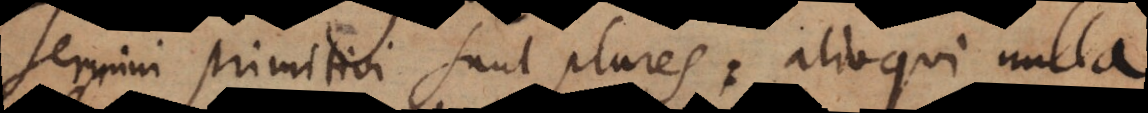
Termini primitivi sunt plures: alioqui nulla